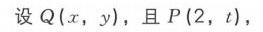
设\(Q(x,y)\)，且\(P(2,t)\)，